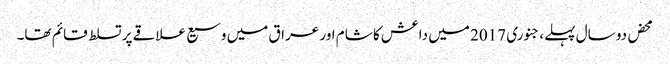
محض دو سال پہلے، جنوری 2017 میں داعش کا شام اور عراق میں وسیع علاقے پر تسلط قائم تھا۔